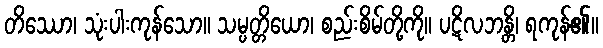
တိဿော၊ သုံးပါးကုန်သော။ သမ္ပတ္တိယော၊ စည်းစိမ်တို့ကို။ ပဋိလဘန္တိ၊ ရကုန်၏။